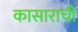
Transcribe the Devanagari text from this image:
कासाराची